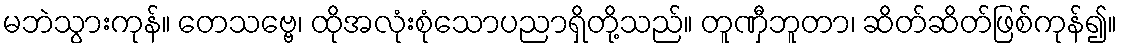
မဘဲသွားကုန်။ တေသဗ္ဗေ၊ ထိုအလုံးစုံသောပညာရှိတို့သည်။ တူဏှီဘူတာ၊ ဆိတ်ဆိတ်ဖြစ်ကုန်၍။